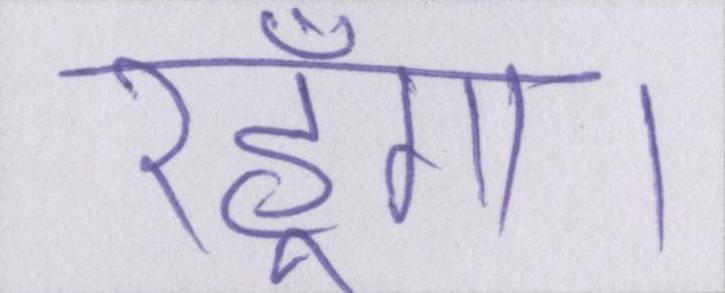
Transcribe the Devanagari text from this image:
रहूँगा।